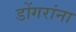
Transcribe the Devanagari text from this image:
डोंगरांना